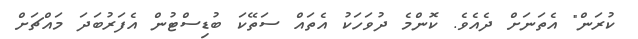
ކުރަން" އެތަނަށް ދެއެވެ. ކޮންމެ ދުވަހަކު އެތައް ސަތޭކަ ބުޑިސްޓުން އެފަރުބަދަ މައްޗަށް